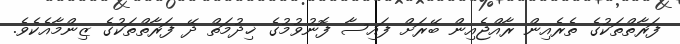
ފަރާތްތަކުގެ ތެރެއިން ރާއްޖެއިން ބޭރަށް ފައިސާ ފޮނުވުމުގެ ޚިދުމަތް ދޭ ފަރާތްތަކުގެ ޒިންމާއެކެވެ.